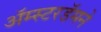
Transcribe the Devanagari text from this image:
अॅम्स्टरडॅमने